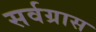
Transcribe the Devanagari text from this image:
सर्वग्रास